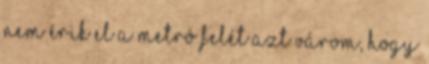
nem érik el a metró felét Azt várom, hogy